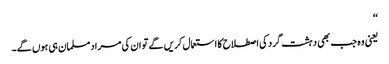
‘‘
یعنی وہ جب بھی دہشت گرد کی اصطلاح کا استعمال کریں گے تو ان کی مراد مسلمان ہی ہوں گے۔